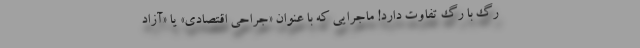
رگ با رگ تفاوت دارد! ماجرایی که با عنوان «جراحی اقتصادی» یا «آزاد